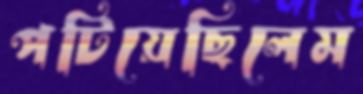
পটিয়েছিলেম